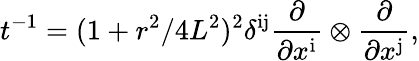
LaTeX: t^{-1}=(1+r^{2}/4L^{2})^{2}\delta^{\mathrm{ij}}{\frac{\partial}{\partial x^{\mathrm{i}}}}\otimes{\frac{\partial}{\partial x^{\mathrm{j}}}},